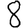
Digit: 8